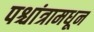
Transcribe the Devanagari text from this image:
पश्चांत्रामधून